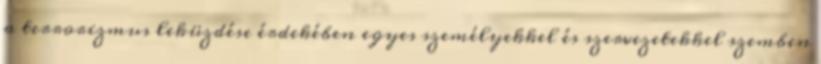
a terrorizmus leküzdése érdekében egyes személyekkel és szervezetekkel szemben